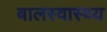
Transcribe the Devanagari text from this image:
बालस्वास्थ्य